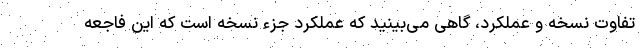
تفاوت نسخه و عملکرد، گاهی می‌بینید که عملکرد جزء نسخه است که این فاجعه